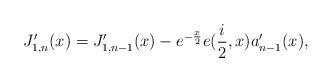
LaTeX: \begin{align*}J_{1,n}^{\prime}(x)=J_{1,n-1}^{\prime}(x)-e^{-\frac{x}{2}}e(\frac{i}{2},x)a_{n-1}^{\prime}(x), \end{align*}